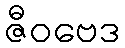
ဇီဝဗေဒ